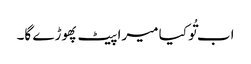
اب تُو کیا میرا پیٹ پھوڑے گا۔